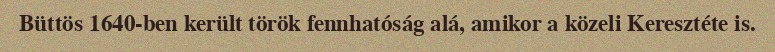
Büttös 1640-ben került török fennhatóság alá, amikor a közeli Keresztéte is.